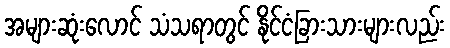
အများဆုံးလောင် သံသရာတွင် နိုင်ငံခြားသားများလည်း